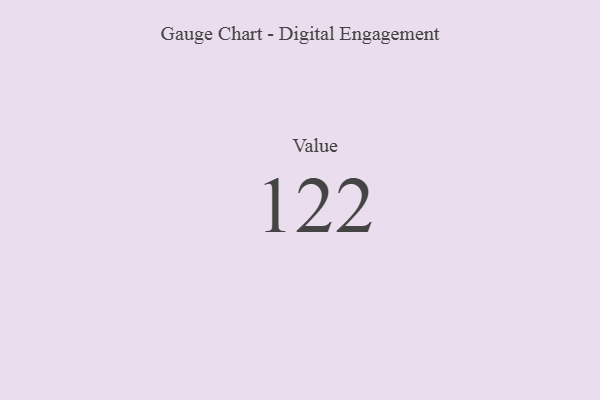
{"axis": {"x": "Metric", "y": "Value"}, "legend": [""], "data": [{"x": "Value", "y": 122, "type": ""}]}